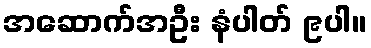
အဆောက်အဦး နံပါတ် ၉ပါ။